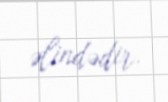
əlindədir.